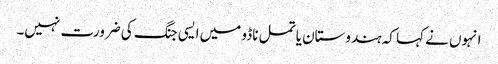
انہوں نے کہا کہ ہندوستان یا تمل ناڈو میں ایسی جنگ کی ضرورت نہیں۔